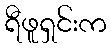
ရီဖူရှင်းက